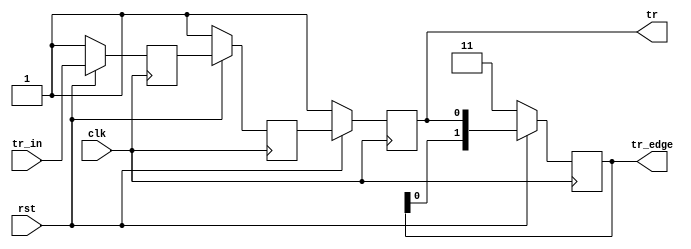
`timescale 1ns / 1ps
//////////////////////////////////////////////////////////////////////////////////
// Company: 
// Engineer: 
// 
// Design Name: 
// Module Name:    tr_filter 
// Project Name: 
// Target Devices: 
// Tool versions: 
// Description: 
//
// Dependencies: 
//
// Revision: 
// Revision 0.01 - File Created
// Additional Comments: 
//
//////////////////////////////////////////////////////////////////////////////////
module tr_filter
(
    input clk,
    input rst,
    input tr_in,
    
    output reg tr,
    output reg [1:0] tr_edge
);

    reg tr_track0 = 1'b1;
    reg tr_track1 = 1'b1;
    always @ (posedge clk) begin
        if(!rst) begin
            tr_track0 <= 1'b1;
            tr_track1 <= 1'b1;
            tr <= 1'b1;
        end 
        else begin
            tr_track0 <= tr_in;
            tr_track1 <= tr_track0;
            tr <= tr_track1;
        end
    end

    always @ (posedge clk) begin
        if(!rst) begin
            tr_edge <= 2'b11;
        end 
        else begin
            tr_edge <= { tr_edge[0],tr};
        end
    end

endmodule